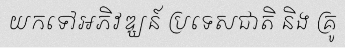
យកទៅអភិវឌ្ឃន៍ ប្រទេសជាតិ និង គ្រូ